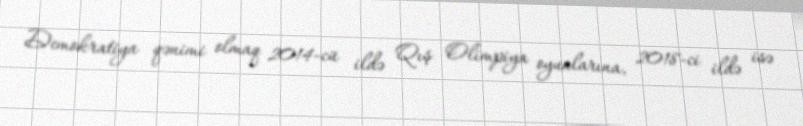
Demokratiya qənimi olmaq 2014-cü ildə Qış Olimpiya oyunlarına, 2018-ci ildə isə